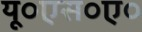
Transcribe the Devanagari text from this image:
यू०एस०ए०